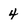
Character: 4